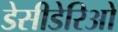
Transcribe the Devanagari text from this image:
डेसीडेरिओ